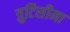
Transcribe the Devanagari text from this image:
त्रुटिसीमा